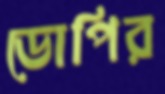
ডোপির